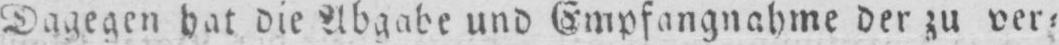
dagegen hat die Abgabe und Empfangnahme der zu ver⸗